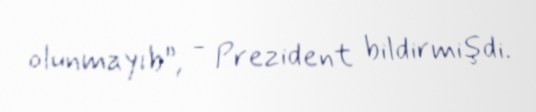
olunmayıb”, - Prezident bildirmişdi.